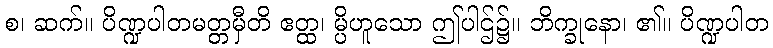
စ၊ ဆက်။ ပိဏ္ဍပါတမတ္တမှီတိ ဧတ္ထ၊ မ္ပိဟူသော ဤပါဌ်၌။ ဘိက္ခုနော၊ ၏။ ပိဏ္ဍပါတ